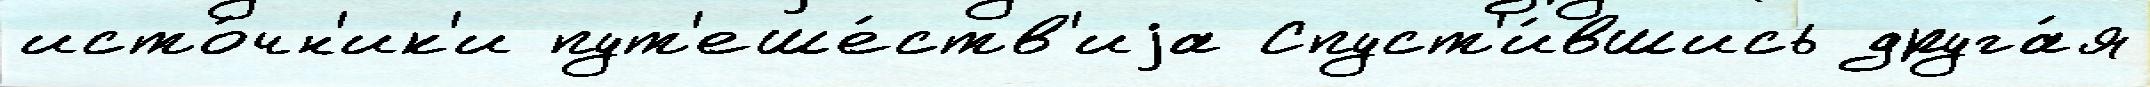
исто́чн'ик'и пут'еше́ств'иjа Спуст'и́вшись друга́я